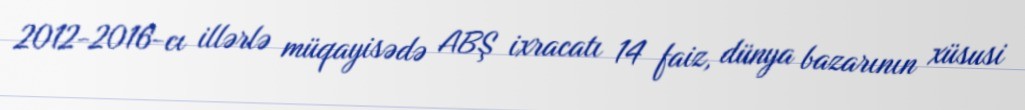
2012-2016-cı illərlə müqayisədə ABŞ ixracatı 14 faiz, dünya bazarının xüsusi